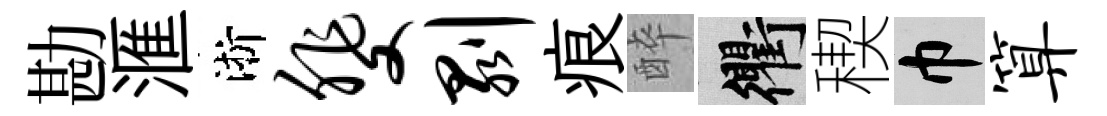
勘滙淅斐剥痕醉衢稧巾算